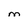
Character: M